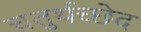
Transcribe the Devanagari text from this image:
चतुर्थच्छेद